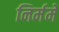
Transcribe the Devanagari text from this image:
निर्ममे